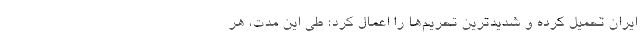
ایران تحمیل کرده و شدیدترین تحریم‌ها را اعمال کرد؛ طی این مدت، هر